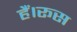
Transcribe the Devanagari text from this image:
हैं।रूस